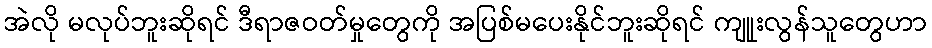
အဲလို မလုပ်ဘူးဆိုရင် ဒီရာဇဝတ်မှုတွေကို အပြစ်မပေးနိုင်ဘူးဆိုရင် ကျူုးလွန်သူတွေဟာ